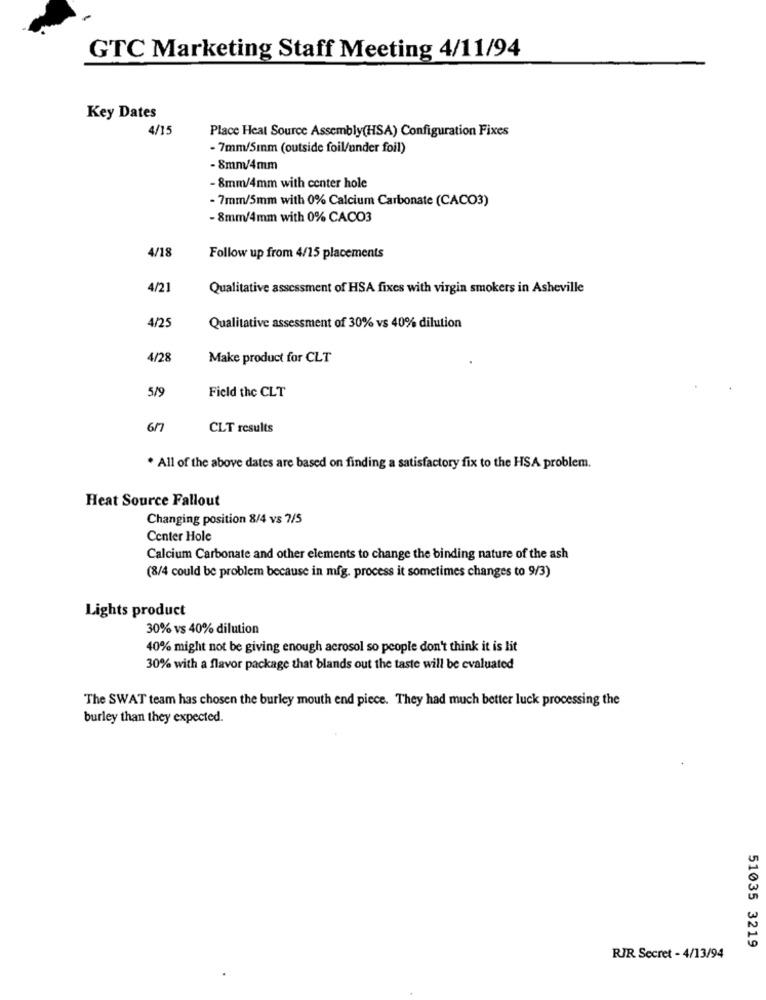
GTC Marketing Staff Meeting 4/11/94
Key Dates
4/15
Place Heat Source Assembly(HSA) Configuration Fixes
- 7mm/5mm (outside foil/under foil)
-8mm/4mm
- 8mm/4mm with center hole
- 7mm/5mm with 0% Calcium Carbonate (CACO3)
- 8mm/4mm with 0% CACO3
4/18
Follow up from 4/15 placements
4/21
Qualitative assessment of HSA fixes with virgin smokers in Asheville
4/25
Qualitative assessment of 30% vs 40% dilution
4/28
Make product for CLT
5/9
Field the CLT
6/7
CLT results
. All of the above dates are based on finding a satisfactory fix to the HSA problem.
Heat Source Fallout
Changing position 8/4 vs 7/5
Center Hole
Calcium Carbonate and other elements to change the binding nature of the ash
(8/4 could be problem because in mfg. process it sometimes changes to 9/3)
Lights product
30% vs 40% dilution
40% might not be giving enough acrosol so people don't think it is lit
30% with a flavor package that blands out the taste will be evaluated
The SWAT team has chosen the burley mouth end piece. They had much better luck processing the
burley than they expected.
51035 3219
RJR Secret - 4/13/94